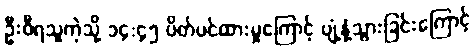
ဦးဝီရသူကဲ့သို့ ၁၄:၄၅ ပိတ်ပင်ထားမှုကြောင့် ပျံ့နှံ့သွားခြင်းကြောင့်